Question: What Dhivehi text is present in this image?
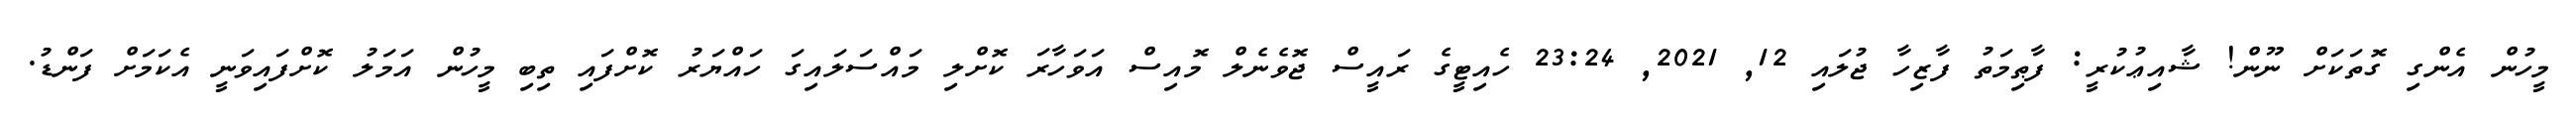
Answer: މީހުން އެންގި ގޮތަކަށް ނޫން! ޝާއިޢުކުރީ: ފާޠިމަތު ފާޒިހާ ޖުލައި 12, 2021, 23:24 ހެއިޓީގެ ރައީސް ޖޮވެނެލް މޮއިސް އަވަހާރަ ކޮށްލި މައްސަލައިގަ ހައްޔަރު ކޮށްފައި ތިބި މީހުން އަމަލު ކޮށްފައިވަނީ އެކަމަށް ފަންޑު.